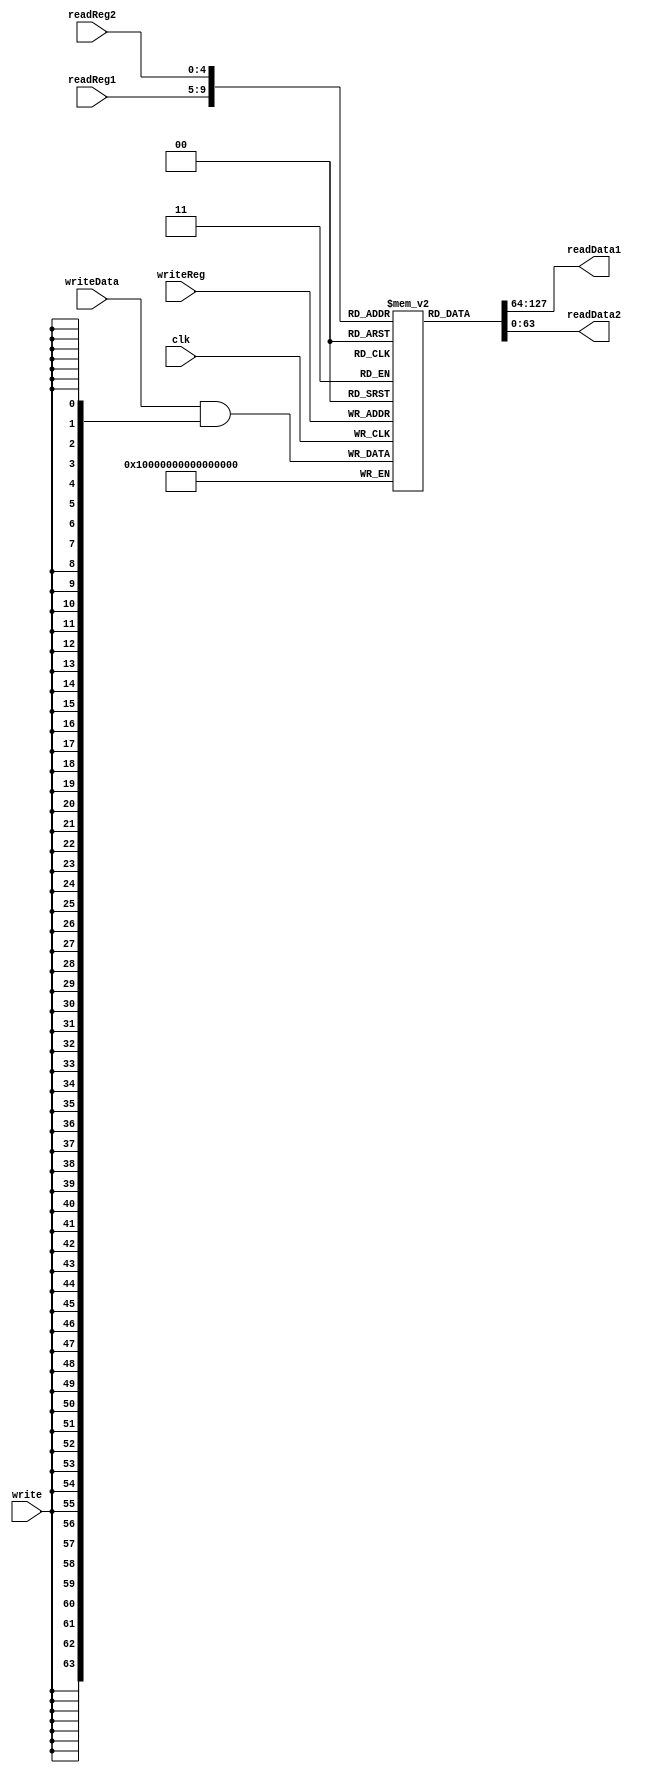
module REGISTERFILE (write, writeReg, writeData, readReg1, readData1, readReg2, readData2, clk);
    input[4:0] writeReg;
    input[63:0] writeData;
    input write;

    input[4:0] readReg1, readReg2;

    // wire [63:0] regFile[0:31];

    output[63:0] readData1, readData2;

    input clk;

    reg[63:0] regFile[0:31];

    assign readData1 = regFile[readReg1];
    assign readData2 = regFile[readReg2];

    initial begin
        regFile[0] = 64'b0;
        regFile[1] = 64'b0;
        regFile[2] = 64'b0;
        regFile[3] = 64'b0;
        regFile[4] = 64'b0;
        regFile[5] = 64'b0;
        regFile[6] = 64'b0;
        regFile[7] = 64'b0;
        regFile[8] = 64'b0;
        regFile[9] = 64'b0;
        regFile[10] = 64'b0;
        regFile[11] = 64'b0;
        regFile[12] = 64'b0;
        regFile[13] = 64'b0;
        regFile[14] = 64'b0;
        regFile[15] = 64'b0;
        regFile[16] = 64'b0;
        regFile[17] = 64'b0;
        regFile[18] = 64'b0;
        regFile[19] = 64'b0;
        regFile[20] = 64'b0;
        regFile[21] = 64'b0;
        regFile[22] = 64'b0;
        regFile[23] = 64'b0;
        regFile[24] = 64'b0;
        regFile[25] = 64'b0;
        regFile[26] = 64'b0;
        regFile[27] = 64'b0;
        regFile[28] = 64'b0;
        regFile[29] = 64'b0;
        regFile[30] = 64'b0;
        regFile[31] = 64'b0;
    end

    always @(posedge clk) begin
        // if (write) begin
        //     regFile[writeReg] = writeData;
        // end
        regFile[writeReg] = writeData & {64{write}};
        
    end

    // assign regFile[writeReg] = writeData & {64{write}};
endmodule